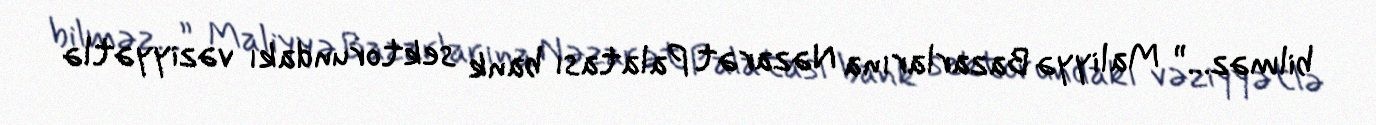
bilməz...” Maliyyə Bazarlarına Nəzarət Palatası bank sektorundakı vəziyyətlə